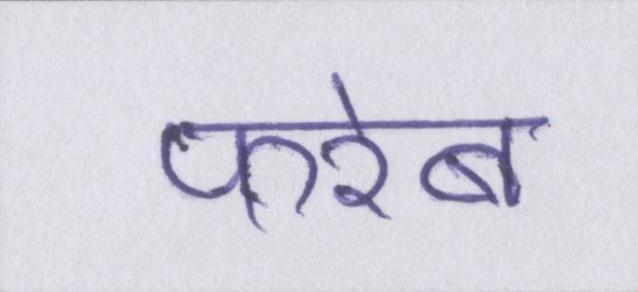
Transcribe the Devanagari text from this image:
फरेब